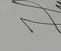
Signature authenticity: genuine